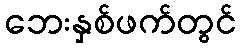
ဘေးနှစ်ဖက်တွင်